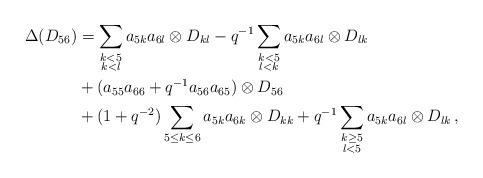
LaTeX: \begin{align*}\Delta(D_{56})&=\sum_{\substack{k<5 \\ k<l}} a_{5k}a_{6l} \otimes D_{kl} -q^{-1}\sum_{\substack{k<5 \\ l<k}} a_{5k}a_{6l} \otimes D_{lk}\\& + (a_{55}a_{66}+q^{-1}a_{56}a_{65}) \otimes D_{56}\\& + (1+q^{-2})\sum_{5\leq k \leq 6} a_{5k}a_{6k} \otimes D_{kk}+q^{-1} \sum_{\substack{k\geq5 \\ l<5}} a_{5k}a_{6l} \otimes D_{lk}\,,\end{align*}